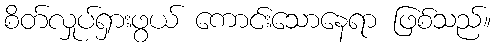
စိတ်လှုပ်ရှားဖွယ် ကောင်းသောနေရာ ဖြစ်သည်။